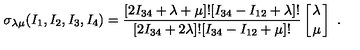
\sigma _ { \lambda \mu } ( I _ { 1 } , I _ { 2 } , I _ { 3 } , I _ { 4 } ) = { \frac { [ 2 I _ { 3 4 } + \lambda + \mu ] ! [ I _ { 3 4 } - I _ { 1 2 } + \lambda ] ! } { [ 2 I _ { 3 4 } + 2 \lambda ] ! [ I _ { 3 4 } - I _ { 1 2 } + \mu ] ! } } \left[ { \lambda \atop \mu } \right] \ .